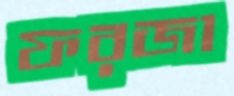
ফরজা